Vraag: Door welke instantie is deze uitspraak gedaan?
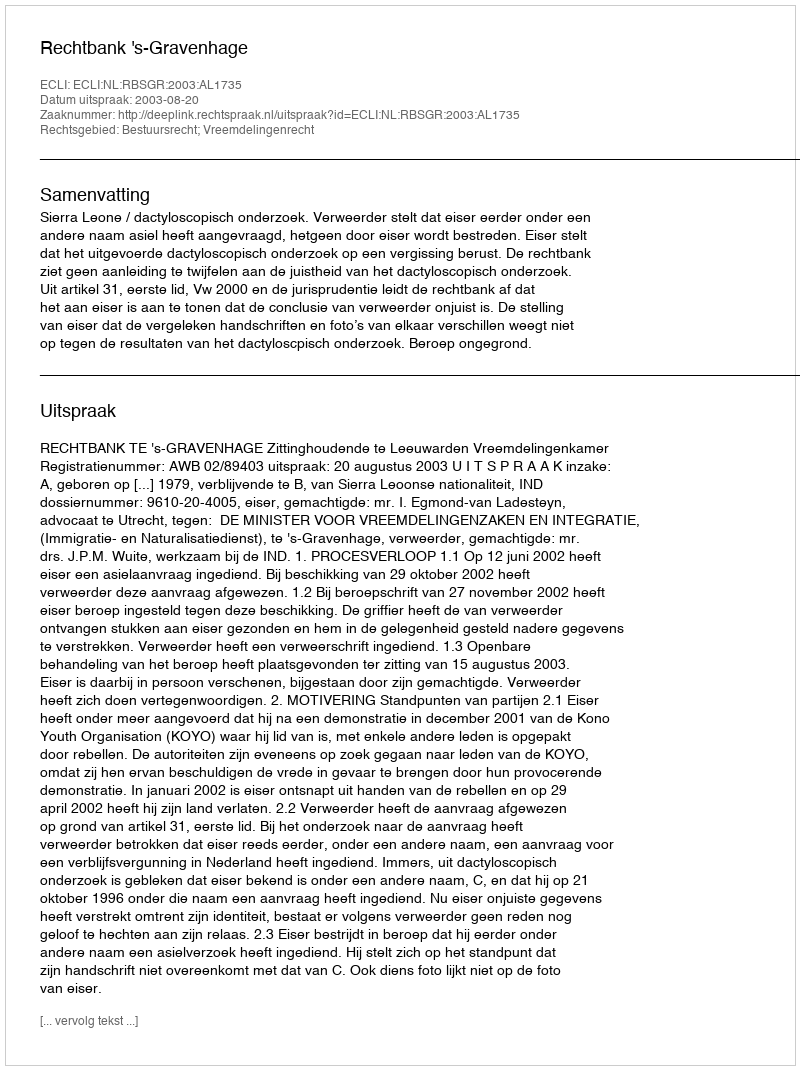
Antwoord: Rechtbank 's-Gravenhage